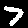
Label: 7